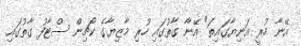
އޭނާ ހުރީ އަނިޔާގައިތަ" އޭނާ ގާތުގައި ހުރި މާޒިޔާގެ ކޯޗިން ސްޓާފު ގާތުގައި